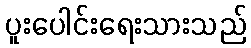
ပူးပေါင်းရေးသားသည်